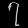
Digit: ၇